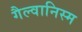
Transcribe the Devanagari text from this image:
गैल्वानिस्म